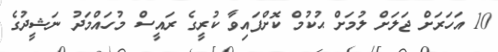
10 އަހަރަށް ޖަލަށް ލުމަށް ޙުކުމް ކޮށްފައިވާ ކުރީގެ ރައީސް މުހައްމަދު ނަޝީދުގެ